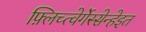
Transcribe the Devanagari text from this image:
फ़्लिच्त्वेर्गेस्सेन्हेइत